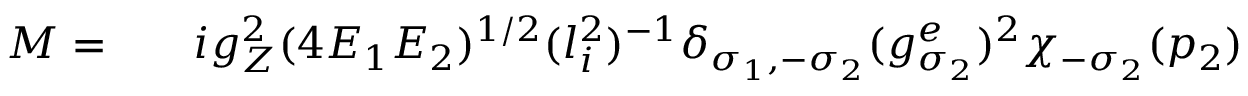
\begin{array} { r l r } { { \cal M } = } & { { } } & { i g _ { Z } ^ { 2 } ( 4 E _ { 1 } E _ { 2 } ) ^ { 1 / 2 } ( l _ { i } ^ { 2 } ) ^ { - 1 } \delta _ { \sigma _ { 1 } , - \sigma _ { 2 } } ( g _ { \sigma _ { 2 } } ^ { e } ) ^ { 2 } \chi _ { - \sigma _ { 2 } } ( p _ { 2 } ) } \end{array}